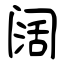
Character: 阔